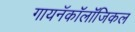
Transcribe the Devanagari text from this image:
गायनॅकॉलॉजिकल